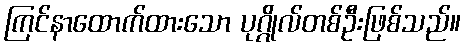
ကြင်နာထောက်ထားသော ပုဂ္ဂိုလ်တစ်ဦးဖြစ်သည်။